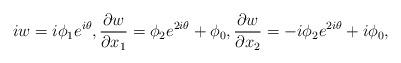
LaTeX: \begin{align*}iw=i\phi_1e^{i\theta},\frac{\partial w}{\partial{x_1}}=\phi_2e^{2i\theta}+\phi_0,\frac{\partial w}{\partial{x_2}}=-i\phi_2e^{2i\theta}+i\phi_0,\end{align*}